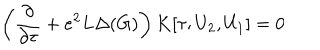
\left( \frac { \partial } { \partial \tau } + e ^ { 2 } L \Delta ( G ) \right) K [ \tau ; U _ { 2 } , U _ { 1 } ] = 0